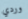
وردي